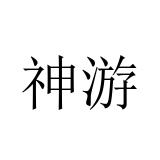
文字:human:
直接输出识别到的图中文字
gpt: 神游